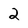
Character: 2